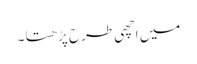
میں اچھی طرح پڑھتا ۔